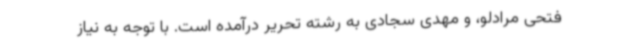
فتحی ‌مرادلو، و مهدی سجادی به رشته تحریر درآمده است. با توجه به نیاز